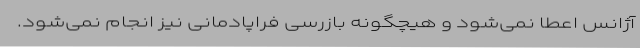
آژانس اعطا نمی‌شود و هیچگونه بازرسی فراپادمانی نیز انجام نمی‌شود.